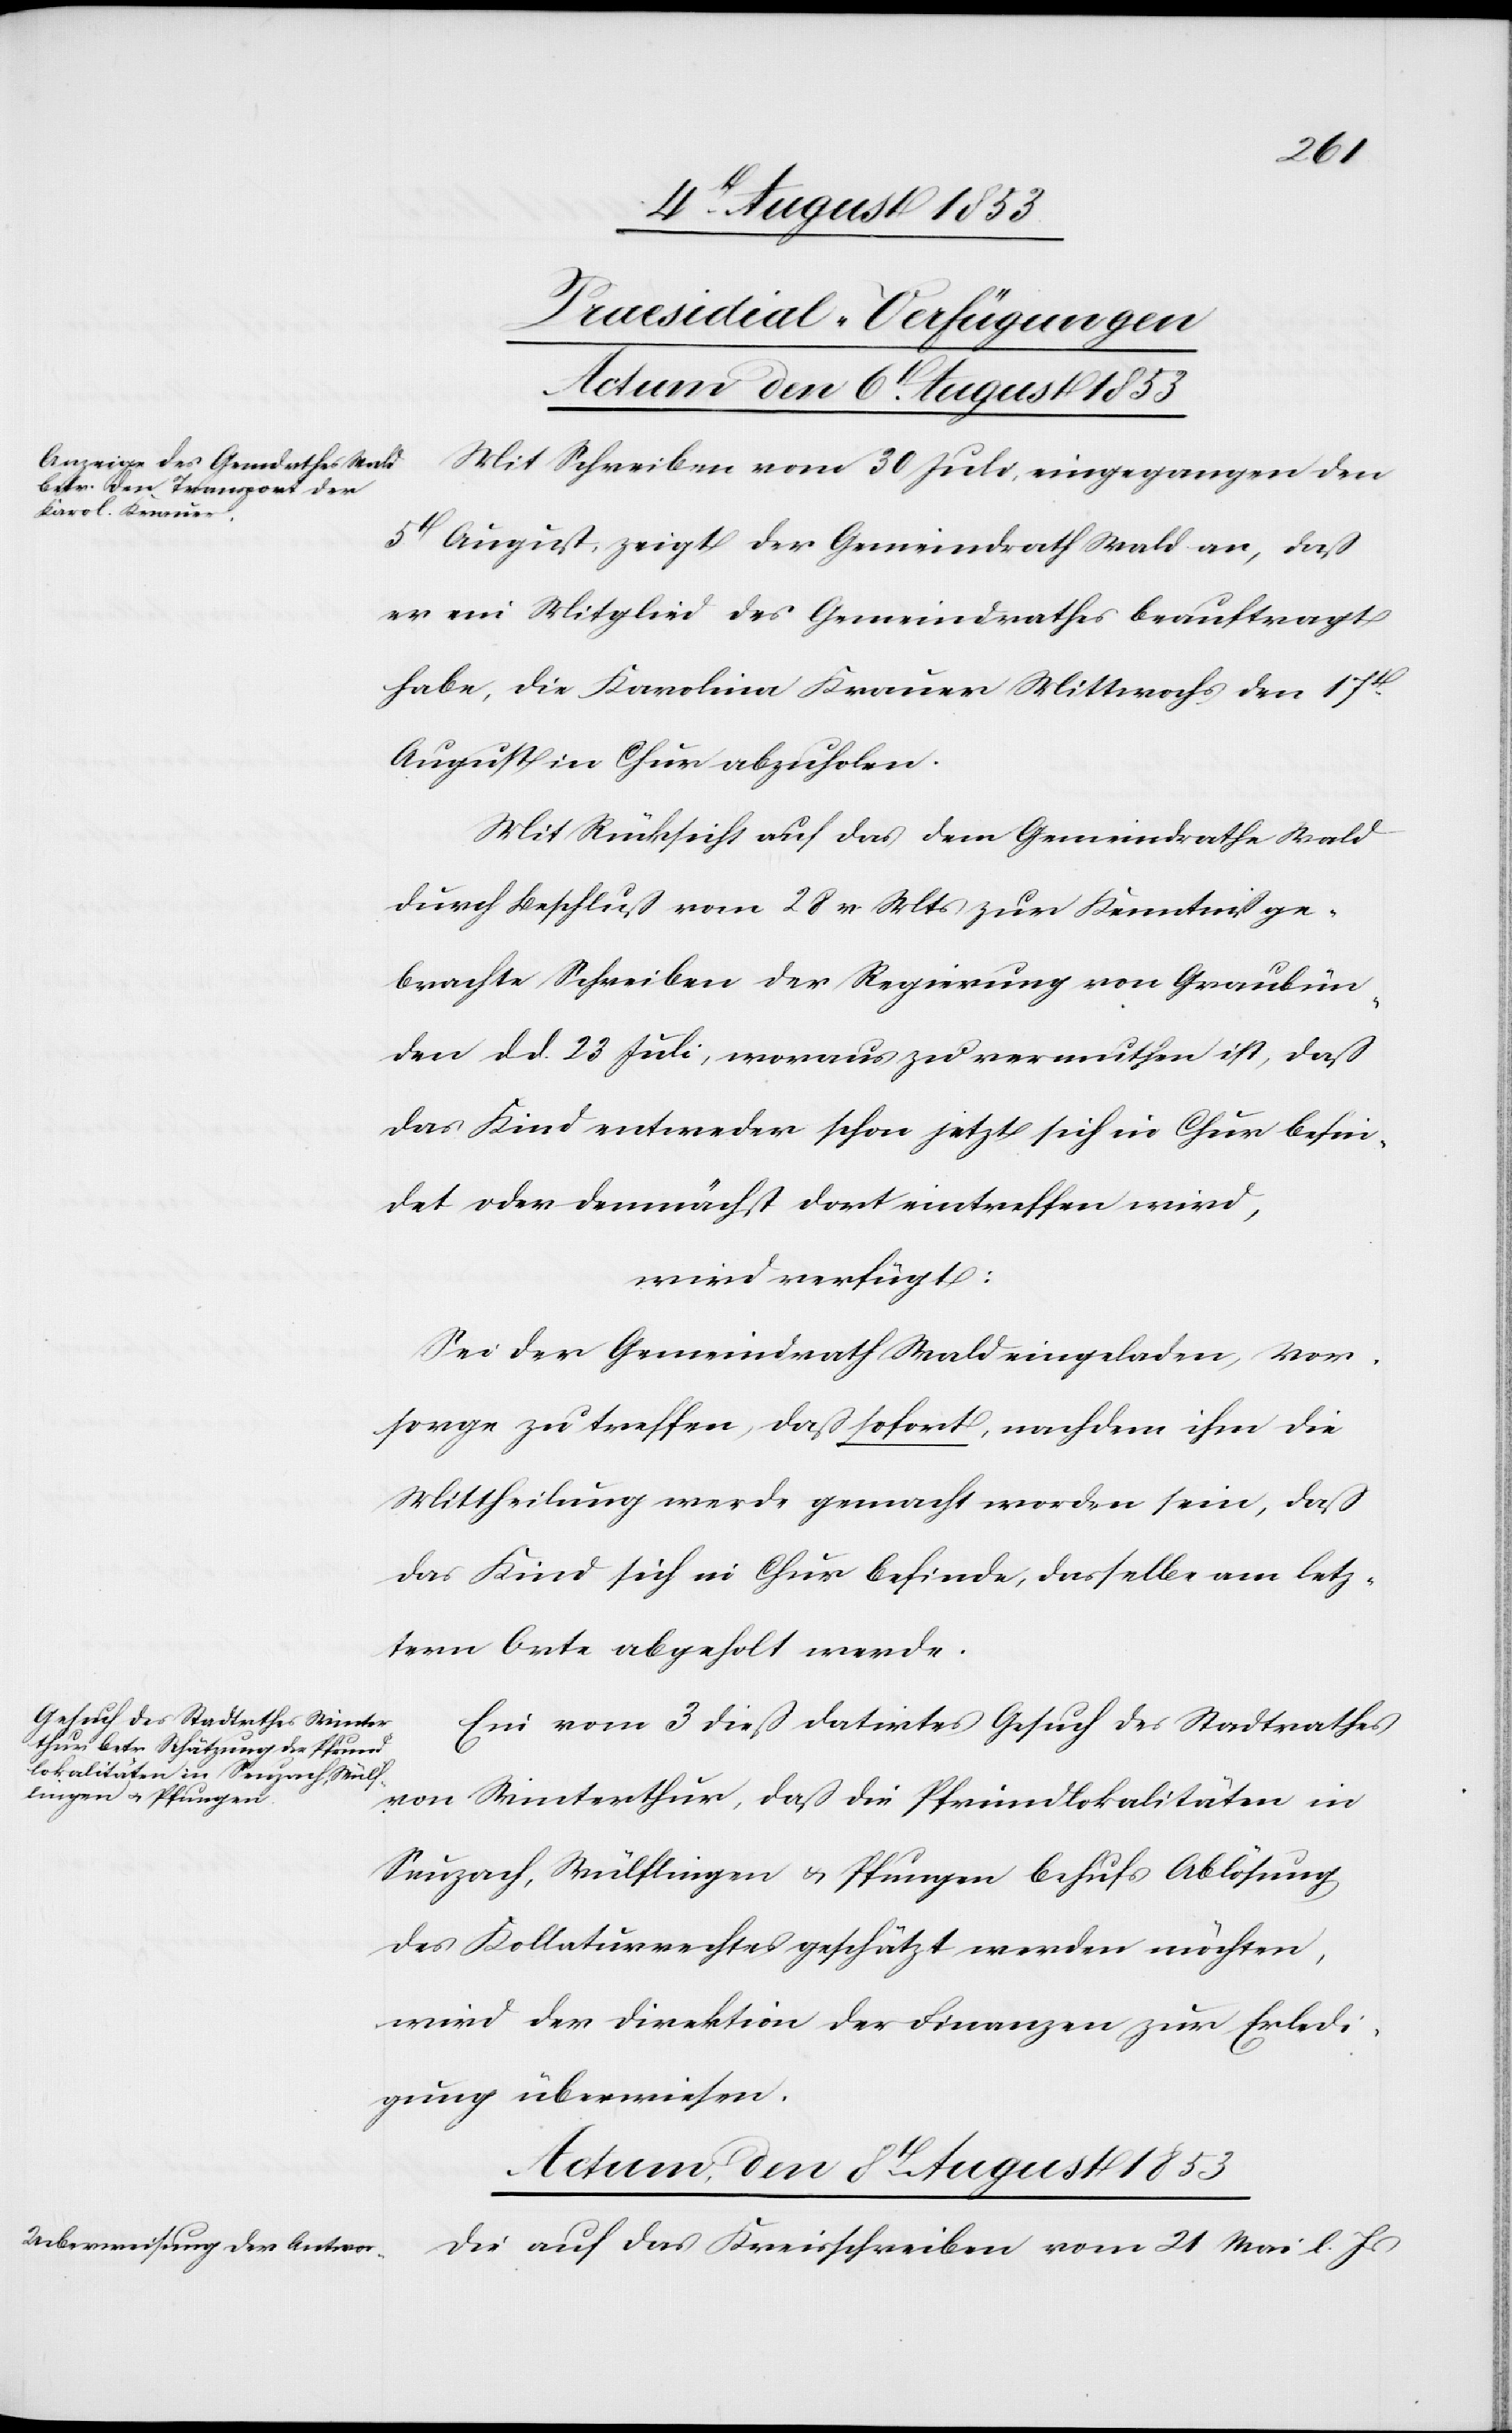
[Praesidial-Verfügungen]
Actum den 8t August 1853
Mit Schreiben vom 30 Juli, eingegangen den
5t August, zeigt der Gemeindrath Wald an, daß
er ein Mitglied des Gemeindrathes beauftragt
habe, die Karolina Krauer Mittwochs den 17t
August in Chur abzuholen.
Mit Rücksicht auf das dem Gemeindrathe Wald
durch Beschluß vom 28 v. Mts. zur Kenntniß ge¬
brachte Schreiben der Regierung von Graubün¬
den d. d. 23 Juli, woraus zu vermuthen ist, daß
das Kind entweder schon jetzt sich in Chur befin¬
det oder demnächst dort eintreffen wird,
wird verfügt:
Sei der Gemeindrath Wald eingeladen, Vor¬
sorge zu treffen, daß sofort, nachdem ihm die
Mittheilung werde gemacht worden sein, daß
das Kind sich in Chur befinde, dasselbe am letz¬
tern Orte abgeholt werde.
Ein vom 3 dieß datirtes Gesuch des Stadtrathes
von Winterthur, daß die Pfrundlokalitäten in
Seuzach, Wülflingen u. Pfungen behufs Ablösung
des Kollaturrechtes geschätzt werden möchten,
wird der Direktion der Finanzen zur Erledi¬
gung überwiesen.
Die auf das Kreisschreiben vom 21 Mai l. Js.